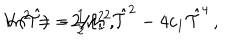
V ( \hat { \cal T } ) = { \textstyle \frac { 1 } { 2 } } m ^ { 2 } \hat { \cal T } ^ { 2 } - 4 c _ { 1 } \hat { \cal T } ^ { 4 } \, , \hspace { 1 c m } m ^ { 2 } = - 2 / \ell _ { s } ^ { 2 } \, ,